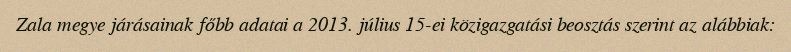
Zala megye járásainak főbb adatai a 2013. július 15-ei közigazgatási beosztás szerint az alábbiak: